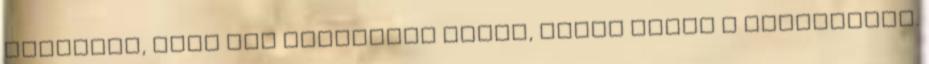
ahelyett, hogy jól kiszaladt volna, célba vette a csónakomat.